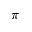
\pi